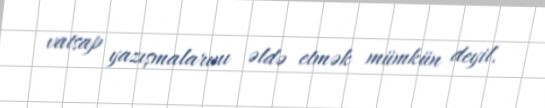
vatsap yazışmalarını əldə etmək mümkün deyil.